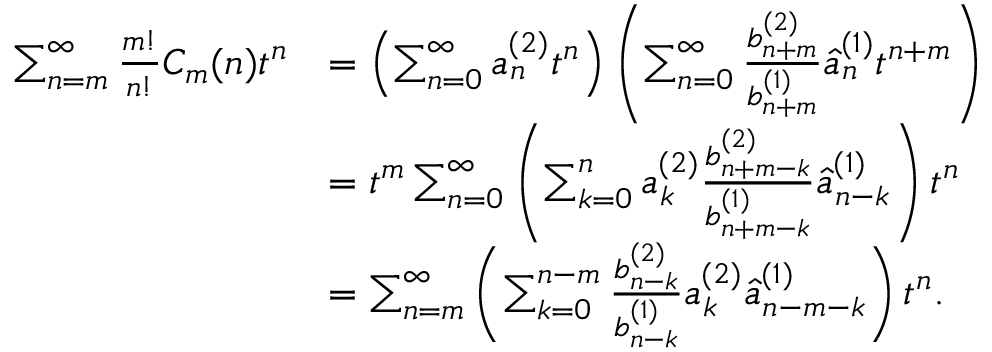
\begin{array} { r l } { \sum _ { n = m } ^ { \infty } { \frac { m ! } { n ! } } C _ { m } ( n ) t ^ { n } } & { = \left( \sum _ { n = 0 } ^ { \infty } a _ { n } ^ { ( 2 ) } t ^ { n } \right) \left( \sum _ { n = 0 } ^ { \infty } { \frac { b _ { n + m } ^ { ( 2 ) } } { b _ { n + m } ^ { ( 1 ) } } } \widehat { a } _ { n } ^ { ( 1 ) } t ^ { n + m } \right) } \\ & { = t ^ { m } \sum _ { n = 0 } ^ { \infty } \left( \sum _ { k = 0 } ^ { n } a _ { k } ^ { ( 2 ) } { \frac { b _ { n + m - k } ^ { ( 2 ) } } { b _ { n + m - k } ^ { ( 1 ) } } } \widehat { a } _ { n - k } ^ { ( 1 ) } \right) t ^ { n } } \\ & { = \sum _ { n = m } ^ { \infty } \left( \sum _ { k = 0 } ^ { n - m } { \frac { b _ { n - k } ^ { ( 2 ) } } { b _ { n - k } ^ { ( 1 ) } } } a _ { k } ^ { ( 2 ) } \widehat { a } _ { n - m - k } ^ { ( 1 ) } \right) t ^ { n } . } \end{array}